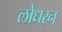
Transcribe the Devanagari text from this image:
लोधरन